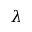
\lambda